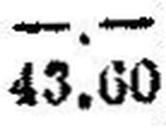
43.60